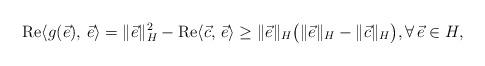
LaTeX: \begin{align*}{\rm Re}\langle g(\vec{e}),\,\vec{e}\rangle = \Vert \vec{e} \Vert_{H} ^{2}- {\rm Re}\langle \vec{c},\, \vec{e}\rangle \geq \Vert \vec{e} \Vert_{H}\big(\Vert \vec{e} \Vert_{H} - \Vert \vec{c} \Vert_{H} \big), \forall \,\vec{e} \in H,\end{align*}